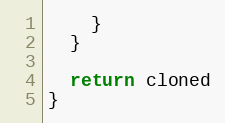
Language: JavaScript
    }
  }

  return cloned
}